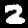
Label: 2